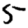
Digit: 5